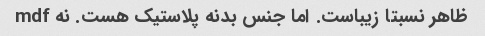
ظاهر نسبتا زیباست. اما جنس بدنه پلاستیک هست. نه mdf